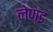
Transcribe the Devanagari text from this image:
लेण्ड